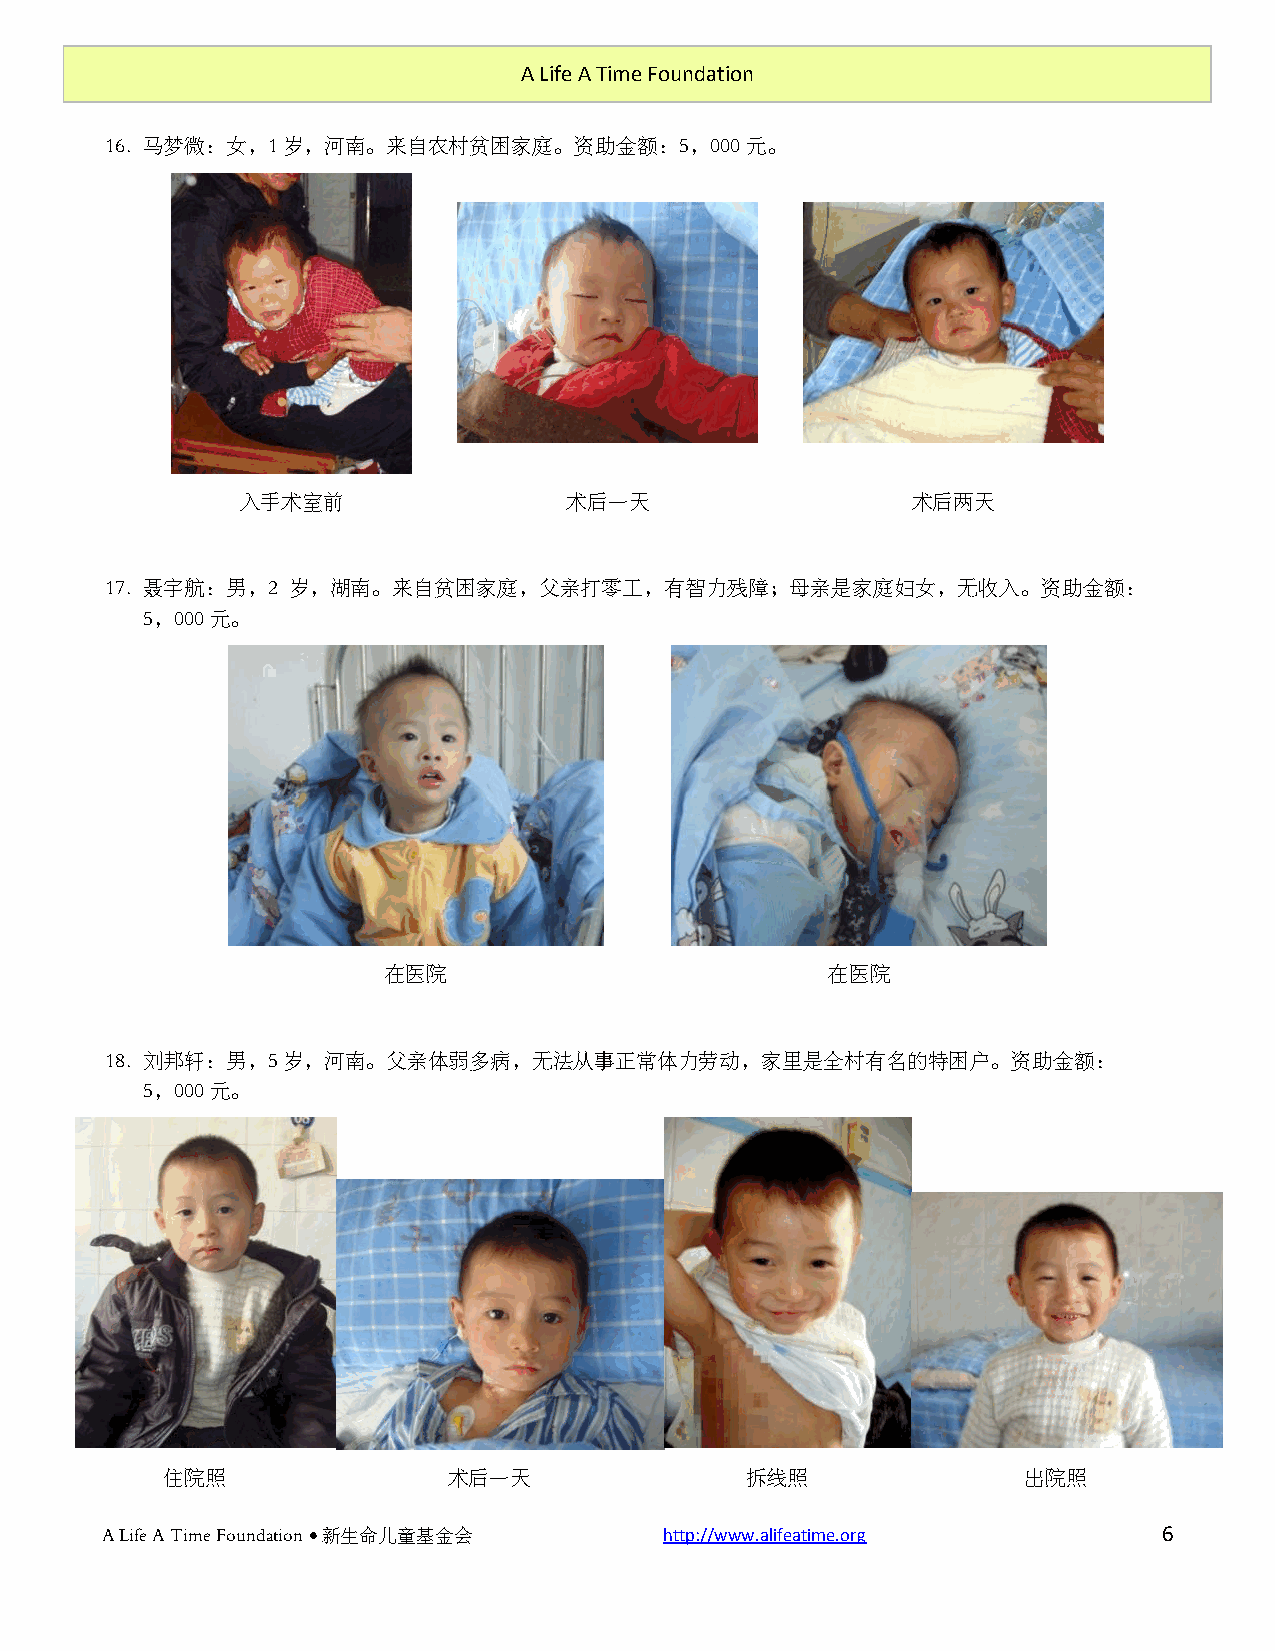
A Life A Time Foundation
 16. 马梦微：女，1岁，河南。来自农村贫困家庭。资助金额：5，000元。
 入手术室前                术后一天                   术后两天
 17. 聂宇航：男，2 岁，湖南。来自贫困家庭，父亲打零工，有智力残障；母亲是家庭妇女，无收入。资助金额：
 5，000元。
 在医院                           在医院
 18. 刘邦轩：男，5岁，河南。父亲体弱多病，无法从事正常体力劳动，家里是全村有名的特困户。资助金额：
 5，000元。
 住院照                术后一天               拆线照                出院照
 A Life A Time Foundation  新生命儿童基金会  http://www.alifeatime.org        6